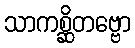
သာကစ္ဆိတဗ္ဗော